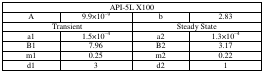
<table><thead><tr><td colspan="4"><b>API-5L X100</b></td></tr></thead><tbody><tr><td>A</td><td>9.9×10<sup>−9</sup></td><td>b</td><td>2.83</td></tr><tr><td colspan="2">Transient</td><td colspan="2">Steady State</td></tr><tr><td>a1</td><td>1.5×10<sup>−4</sup></td><td>a2</td><td>1.3×10<sup>−4</sup></td></tr><tr><td>B1</td><td>7.96</td><td>B2</td><td>3.17</td></tr><tr><td>m1</td><td>0.25</td><td>m2</td><td>0.22</td></tr><tr><td>d1</td><td>3</td><td>d2</td><td>1</td></tr></tbody></table>